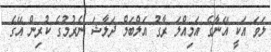
ލަވަ އަކީ އޭނާގެ އަމިއްލަ ރާގު އަލްބަމް ދަލާޝަ ނެރުމުގެ ކުރިން އޭގެ